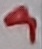
Text: 9